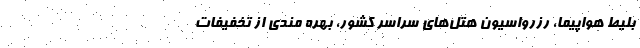
بليط هواپيما، رزرواسيون هتل‌هاي سراسر كشور، بهره مندي از تخفيفات